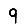
Digit: 9